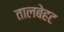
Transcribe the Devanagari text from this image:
तालबेहट